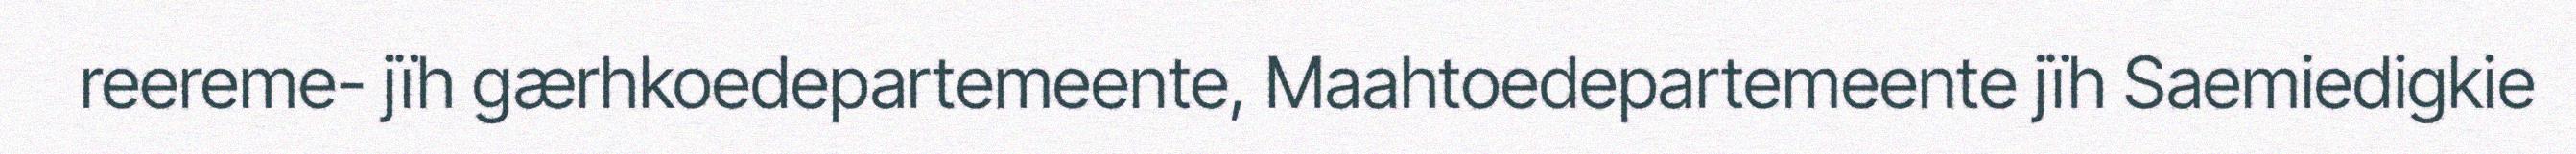
reereme- jïh gærhkoedepartemeente, Maahtoedepartemeente jïh Saemiedigkie